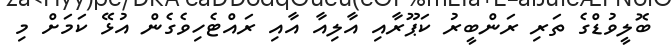
ބޮލީވުޑްގެ ތަރި ރަންބީރު ކަޕޫރާއި އާލިއާ އާއި ރައްޓެހިވެގެން އުޅޭ ކަމަށް މި